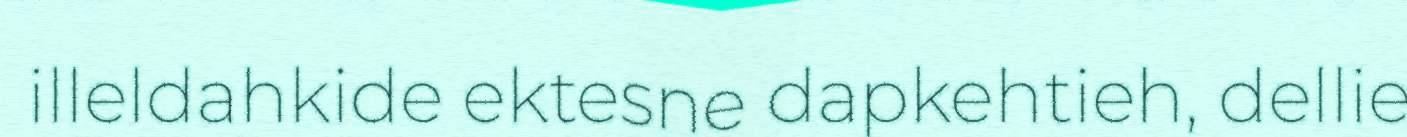
illeldahkide ektesne dapkehtieh, dellie